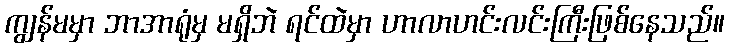
ကျွန်မမှာ ဘာအာရုံမှ မရှိဘဲ ရင်ထဲမှာ ဟာလာဟင်းလင်းကြီးဖြစ်နေသည်။